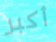
أكبر